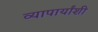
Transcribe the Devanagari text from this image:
व्यापार्यांशी